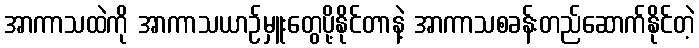
အာကာသထဲကို အာကာသယာဉ်မှူးတွေပို့နိုင်တာနဲ့ အာကာသစခန်းတည်ဆောက်နိုင်တဲ့